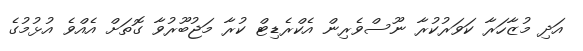
އަދި މުޒާހަރާ ކަވަރުކުރާ ނޫސްވެރިން އެކްރެޑިޓް ކުރާ މަޖުބޫރުވާ ގޮތަށް އެއްވެ އުޅުމުގެ